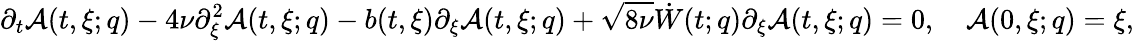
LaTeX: \partial_{t}\mathcal{A}(t,\xi;q)-4\nu\partial_{\xi}^{2}\mathcal{A}(t,\xi;q)-b(t,\xi)\partial_{\xi}\mathcal{A}(t,\xi;q)+\sqrt{8\nu}\dot{W}(t;q)\partial_{\xi}\mathcal{A}(t,\xi;q)=0,\quad\mathcal{A}(0,\xi;q)=\xi,